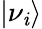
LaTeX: \left|\nu_{\mathit{i}}\right\rangle